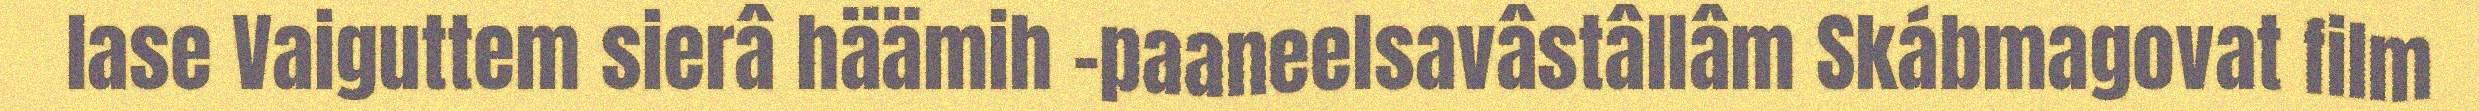
lase Vaiguttem sierâ häämih –paaneelsavâstâllâm Skábmagovat film